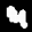
Digit: 4